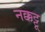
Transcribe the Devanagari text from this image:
नक्कट्टू